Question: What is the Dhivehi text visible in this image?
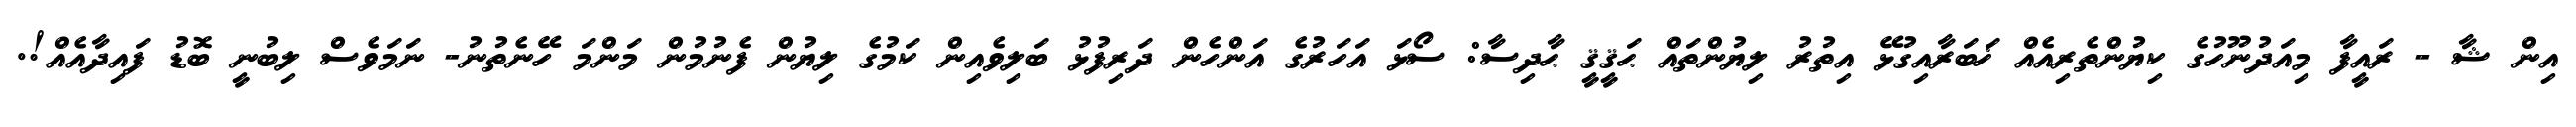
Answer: އިން ޝާ - ރައީފާ މިއަދުނޫހުގެ ކިޔުންތެރިއެއް ޚަބަރާއިގުޅޭ އިތުރު ލިޔުންތައް ޙަޤީޤީ ޙާދިސާ: ސޯޅަ އަހަރުގެ އަންހެން ދަރިފުޅު ބަލިވެއިން ކަމުގެ ލިޔުން ފެނުމުން މަންމަ ހޭނެތުނު- ނަމަވެސް ލިބުނީ ބޮޑު ފައިދާއެއް!.